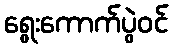
ရွေးကောက်ပွဲဝင်